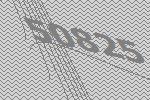
50825